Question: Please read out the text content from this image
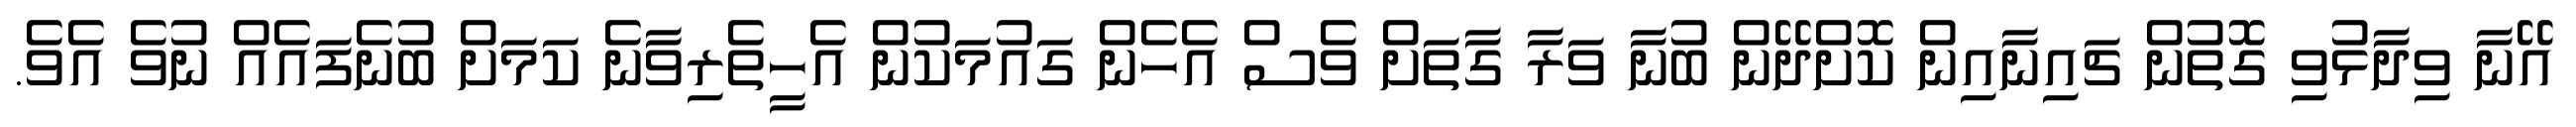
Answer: އޭނާ ވިދާޅުވި ގޮތުން ޗައިނާއިން ކޮށްދޭން ބުނާ ވަރާ ގާތަށް ވެސް އެހެން ގައުމަކުން އެހީތެރިވާނެ ކަމަށް ބުނެފައެއް ނުވެ އެވެ.